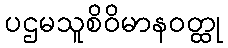
ပဌမသူစိဝိမာနဝတ္ထု